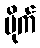
မိုက်